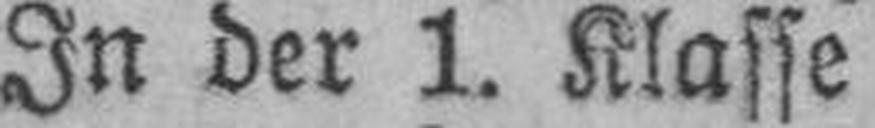
In der 1. Klasse